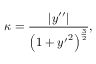
\kappa = { \frac { | y ^ { \prime \prime } | } { \left( 1 + { y ^ { \prime } } ^ { 2 } \right) ^ { \frac { 3 } { 2 } } } } ,